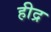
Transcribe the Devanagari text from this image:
हीद्र